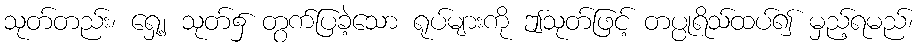
သုတ်တည်း၊ ရှေ့၂ သုတ်၌ တွက်ပြခဲ့သော ရုပ်များကို ဤသုတ်ဖြင့် တပ္ပုရိသ်ထပ်၍ မှည့်ရမည်၊